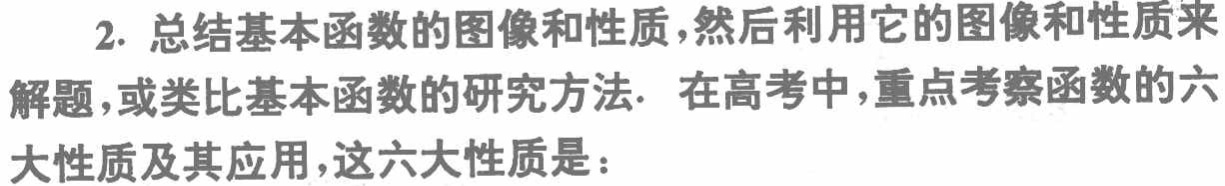
2. 总结基本函数的图像和性质,然后利用它的图像和性质来解题,或类比基本函数的研究方法. 在高考中,重点考察函数的六大性质及其应用,这六大性质是：